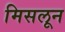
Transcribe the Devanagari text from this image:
मिसलून